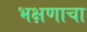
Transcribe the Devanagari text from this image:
भक्षणाचा